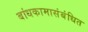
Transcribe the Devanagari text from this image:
बांधकामासंबंधित